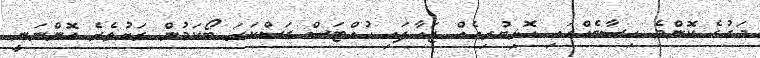
މަގުގެ ކޮންމެ ހިސާބެއްގައި ހޮޅިބުރިއެއް ޖަހާފައި ހުއްޓަސް ގަސްކަރަ ބޯކަމުން ރަށުތެރެ އޮންނަނީ